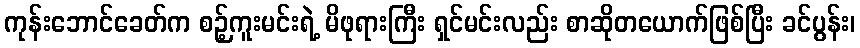
ကုန်းဘောင်ခေတ်က စဉ့်ကူးမင်းရဲ့ မိဖုရားကြီး ရှင်မင်းလည်း စာဆိုတယောက်ဖြစ်ပြီး ခင်ပွန်း၊